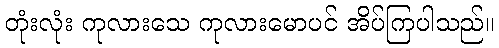
တုံးလုံး ကုလားသေ ကုလားမောပင် အိပ်ကြပါသည်။